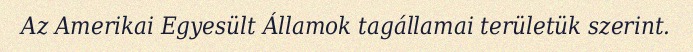
Az Amerikai Egyesült Államok tagállamai területük szerint.